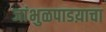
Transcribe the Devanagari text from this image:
जांभुळपाडय़ाचा